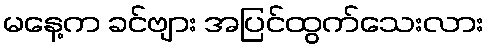
မနေ့က ခင်ဗျား အပြင်ထွက်သေးလား